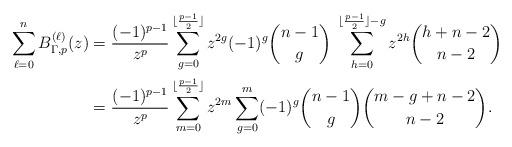
LaTeX: \begin{align*}\sum_{\ell=0}^n B_{\Gamma,p}^{(\ell)}(z)&= \frac{(-1)^{p-1}}{z^p}\sum_{g=0}^{\lfloor\frac{p-1}{2}\rfloor} z^{2g} (-1)^{g}\binom{n-1}{g}\; \sum_{h=0}^{\lfloor\frac{p-1}{2}\rfloor-g} z^{2h}\binom{h+n-2}{n-2}\\&= \frac{(-1)^{p-1}}{z^p} \sum_{m=0}^{\lfloor\frac{p-1}{2}\rfloor} z^{2m}\sum_{g=0}^{m} (-1)^{g}\binom{n-1}{g} \binom{m-g+n-2}{n-2}.\end{align*}